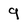
Character: 9